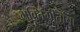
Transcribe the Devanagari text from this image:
भक्तिगीतांचा